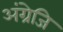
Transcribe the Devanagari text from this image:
अंग्रेजि